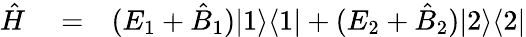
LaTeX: \begin{array}{rlr}{\hat{H}}&{{}=}&{(E_{1}+\hat{B}_{1})|1\rangle\langle 1|+(E_{2}+\hat{B}_{2})|2\rangle\langle 2|}\end{array}